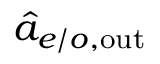
\hat { a } _ { e / o , \mathrm { o u t } }